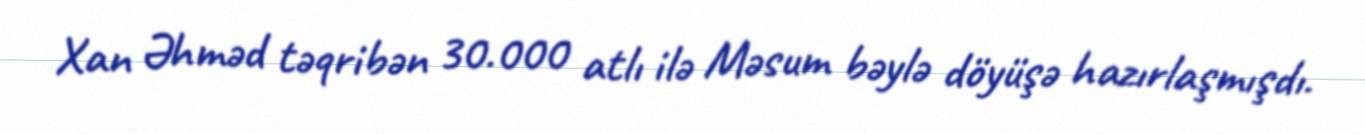
Xan Əhməd təqribən 30.000 atlı ilə Məsum bəylə döyüşə hazırlaşmışdı.